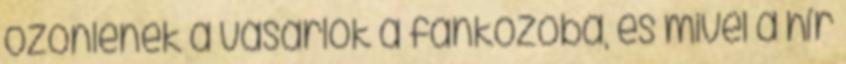
özönlenek a vásárlók a fánkozóba, és mivel a hír